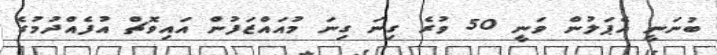
ބުނަނީ އެޕަލުން ވަނީ 50 ވުރެ ގިނަ ގިނަ މުއައްޒަފުން އައިވޮޗް އުފެއްދުމުގެ